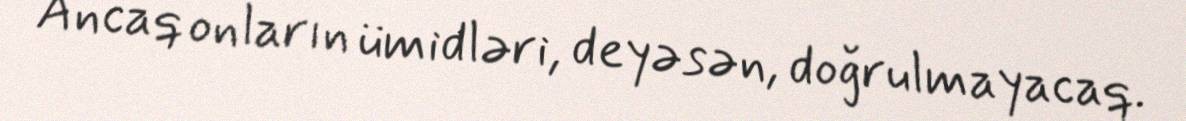
Ancaq onların ümidləri, deyəsən, doğrulmayacaq.